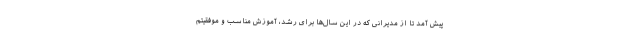
پیش آمد تا از مدیرانی که در این سال‌ها برای رشد، آموزش مناسب و موفقیتم